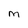
Character: M